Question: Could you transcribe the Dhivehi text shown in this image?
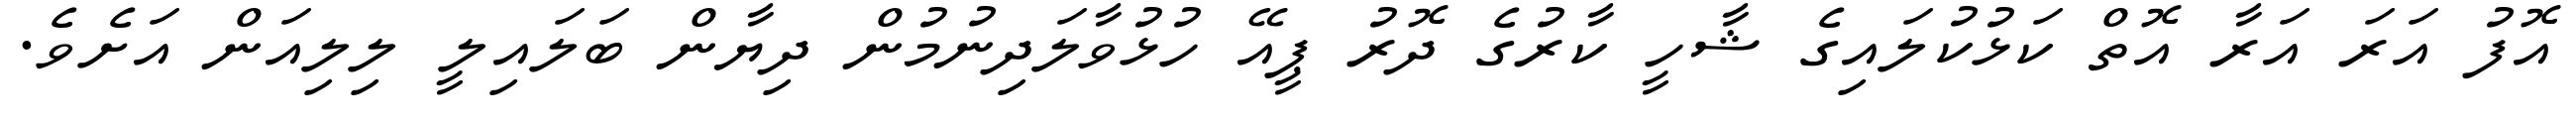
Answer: އޮފު އަރަ އަރާ އޮތް ކަޅުކުލައިގެ ޝާހީ ކާރުގެ ދޮރު ޕީއޭ ހުޅުވާލަދިނުމުން ދިޔާން ބަލައިލީ ލިލިއަން އަށެވެ.